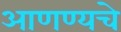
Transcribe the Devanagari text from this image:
आणण्यचे